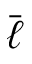
\bar { \ell }